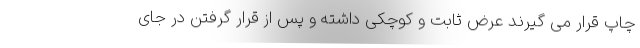
چاپ قرار می گیرند عرض ثابت و کوچکی داشته و پس از قرار گرفتن در جای